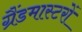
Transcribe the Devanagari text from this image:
ग्रैंडमास्टरों